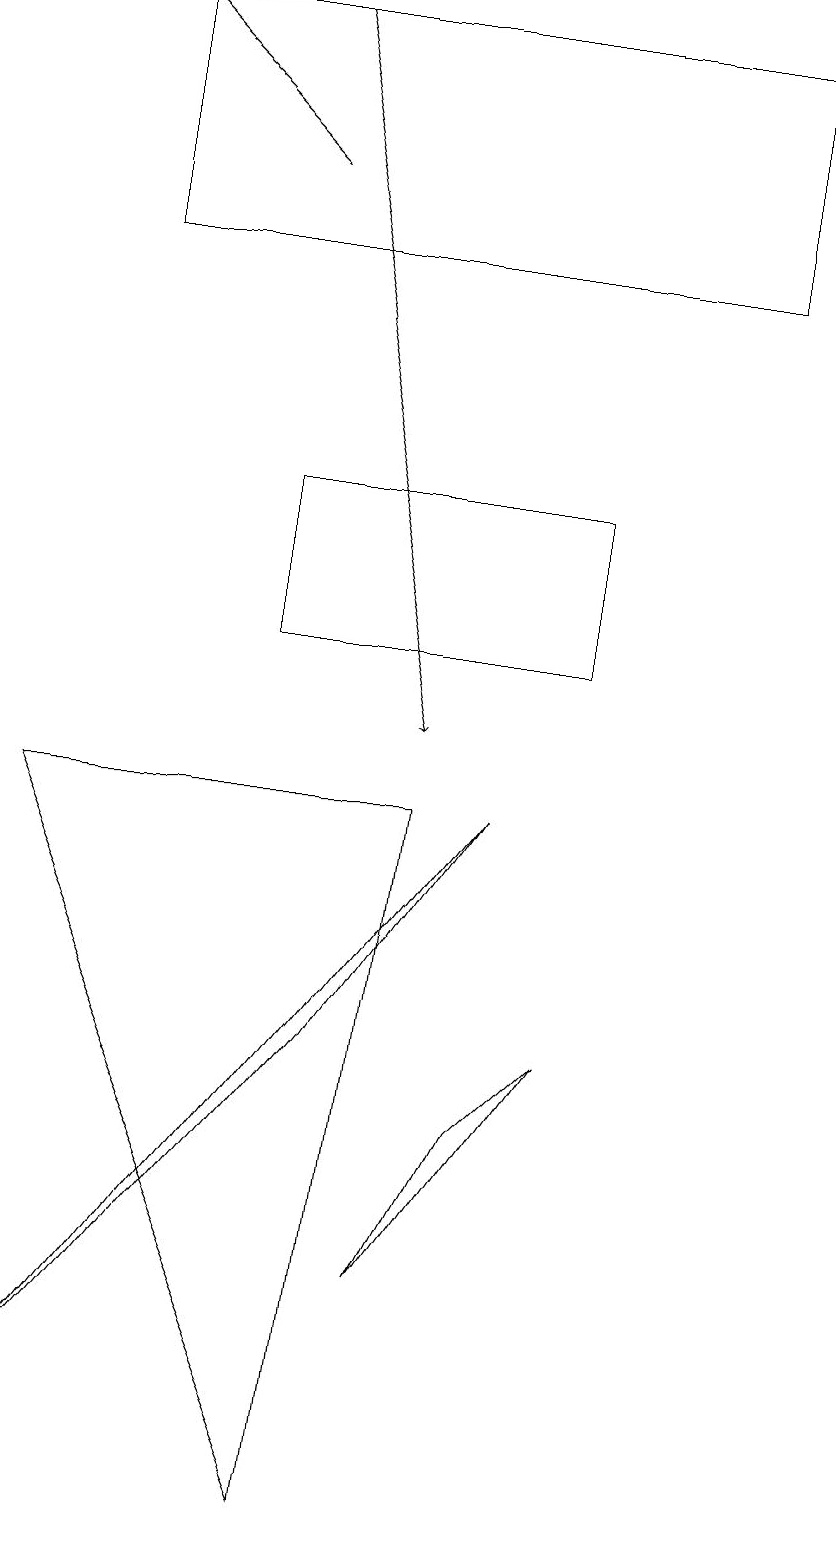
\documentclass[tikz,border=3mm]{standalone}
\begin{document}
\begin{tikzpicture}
\draw (6,5) -- (5,3) -- (7,6) -- cycle;
\draw (10,10) circle (0);
\draw[->] (3,17) -- (1,19);
\draw[->] (3,19) -- (5,10);
\draw (3,11) rectangle (7,13);
\draw (9,16) rectangle (1,19);
\draw (0,1) -- (4,6) -- (6,9) -- cycle;
\draw (5,9) -- (4,0) -- (0,9) -- cycle;
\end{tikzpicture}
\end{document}